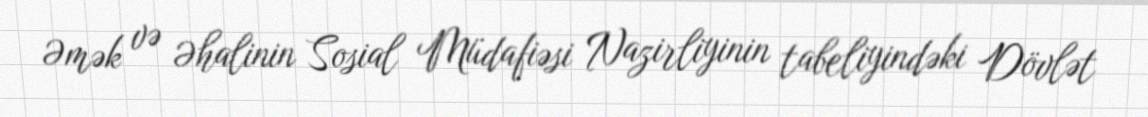
Əmək və Əhalinin Sosial Müdafiəsi Nazirliyinin tabeliyindəki Dövlət